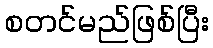
စတင်မည်ဖြစ်ပြီး